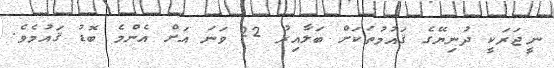
ނީޖަރަކީ ދުނިޔޭގެ ޤައުމުތަކަށް ބަލާއިރު 22 ވަނަ އަށް އެންމެ ބޮޑު ޤައުމެވެ.